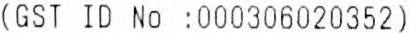
(GST ID NO :000306020352)